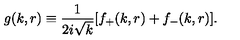
g ( k , r ) \equiv { \frac { 1 } { 2 i \sqrt { k } } } [ f _ { + } ( k , r ) + f _ { - } ( k , r ) ] .